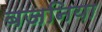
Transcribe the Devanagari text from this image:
बजनिया